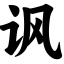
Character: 讽